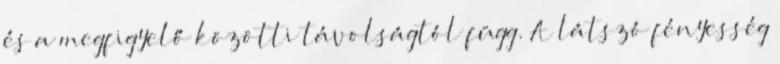
és a megfigyelő közötti távolságtól függ. A látszó fényesség